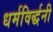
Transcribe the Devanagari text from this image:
धर्मविर्द्धनी